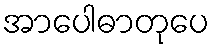
အာပေါဓာတုပေ